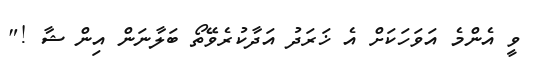
ވީ އެންމެ އަވަހަކަށް އެ ޚަރަދު އަދާކުރެވޭތޯ ބަލާނަން އިން ޝާ !"